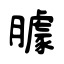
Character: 臄